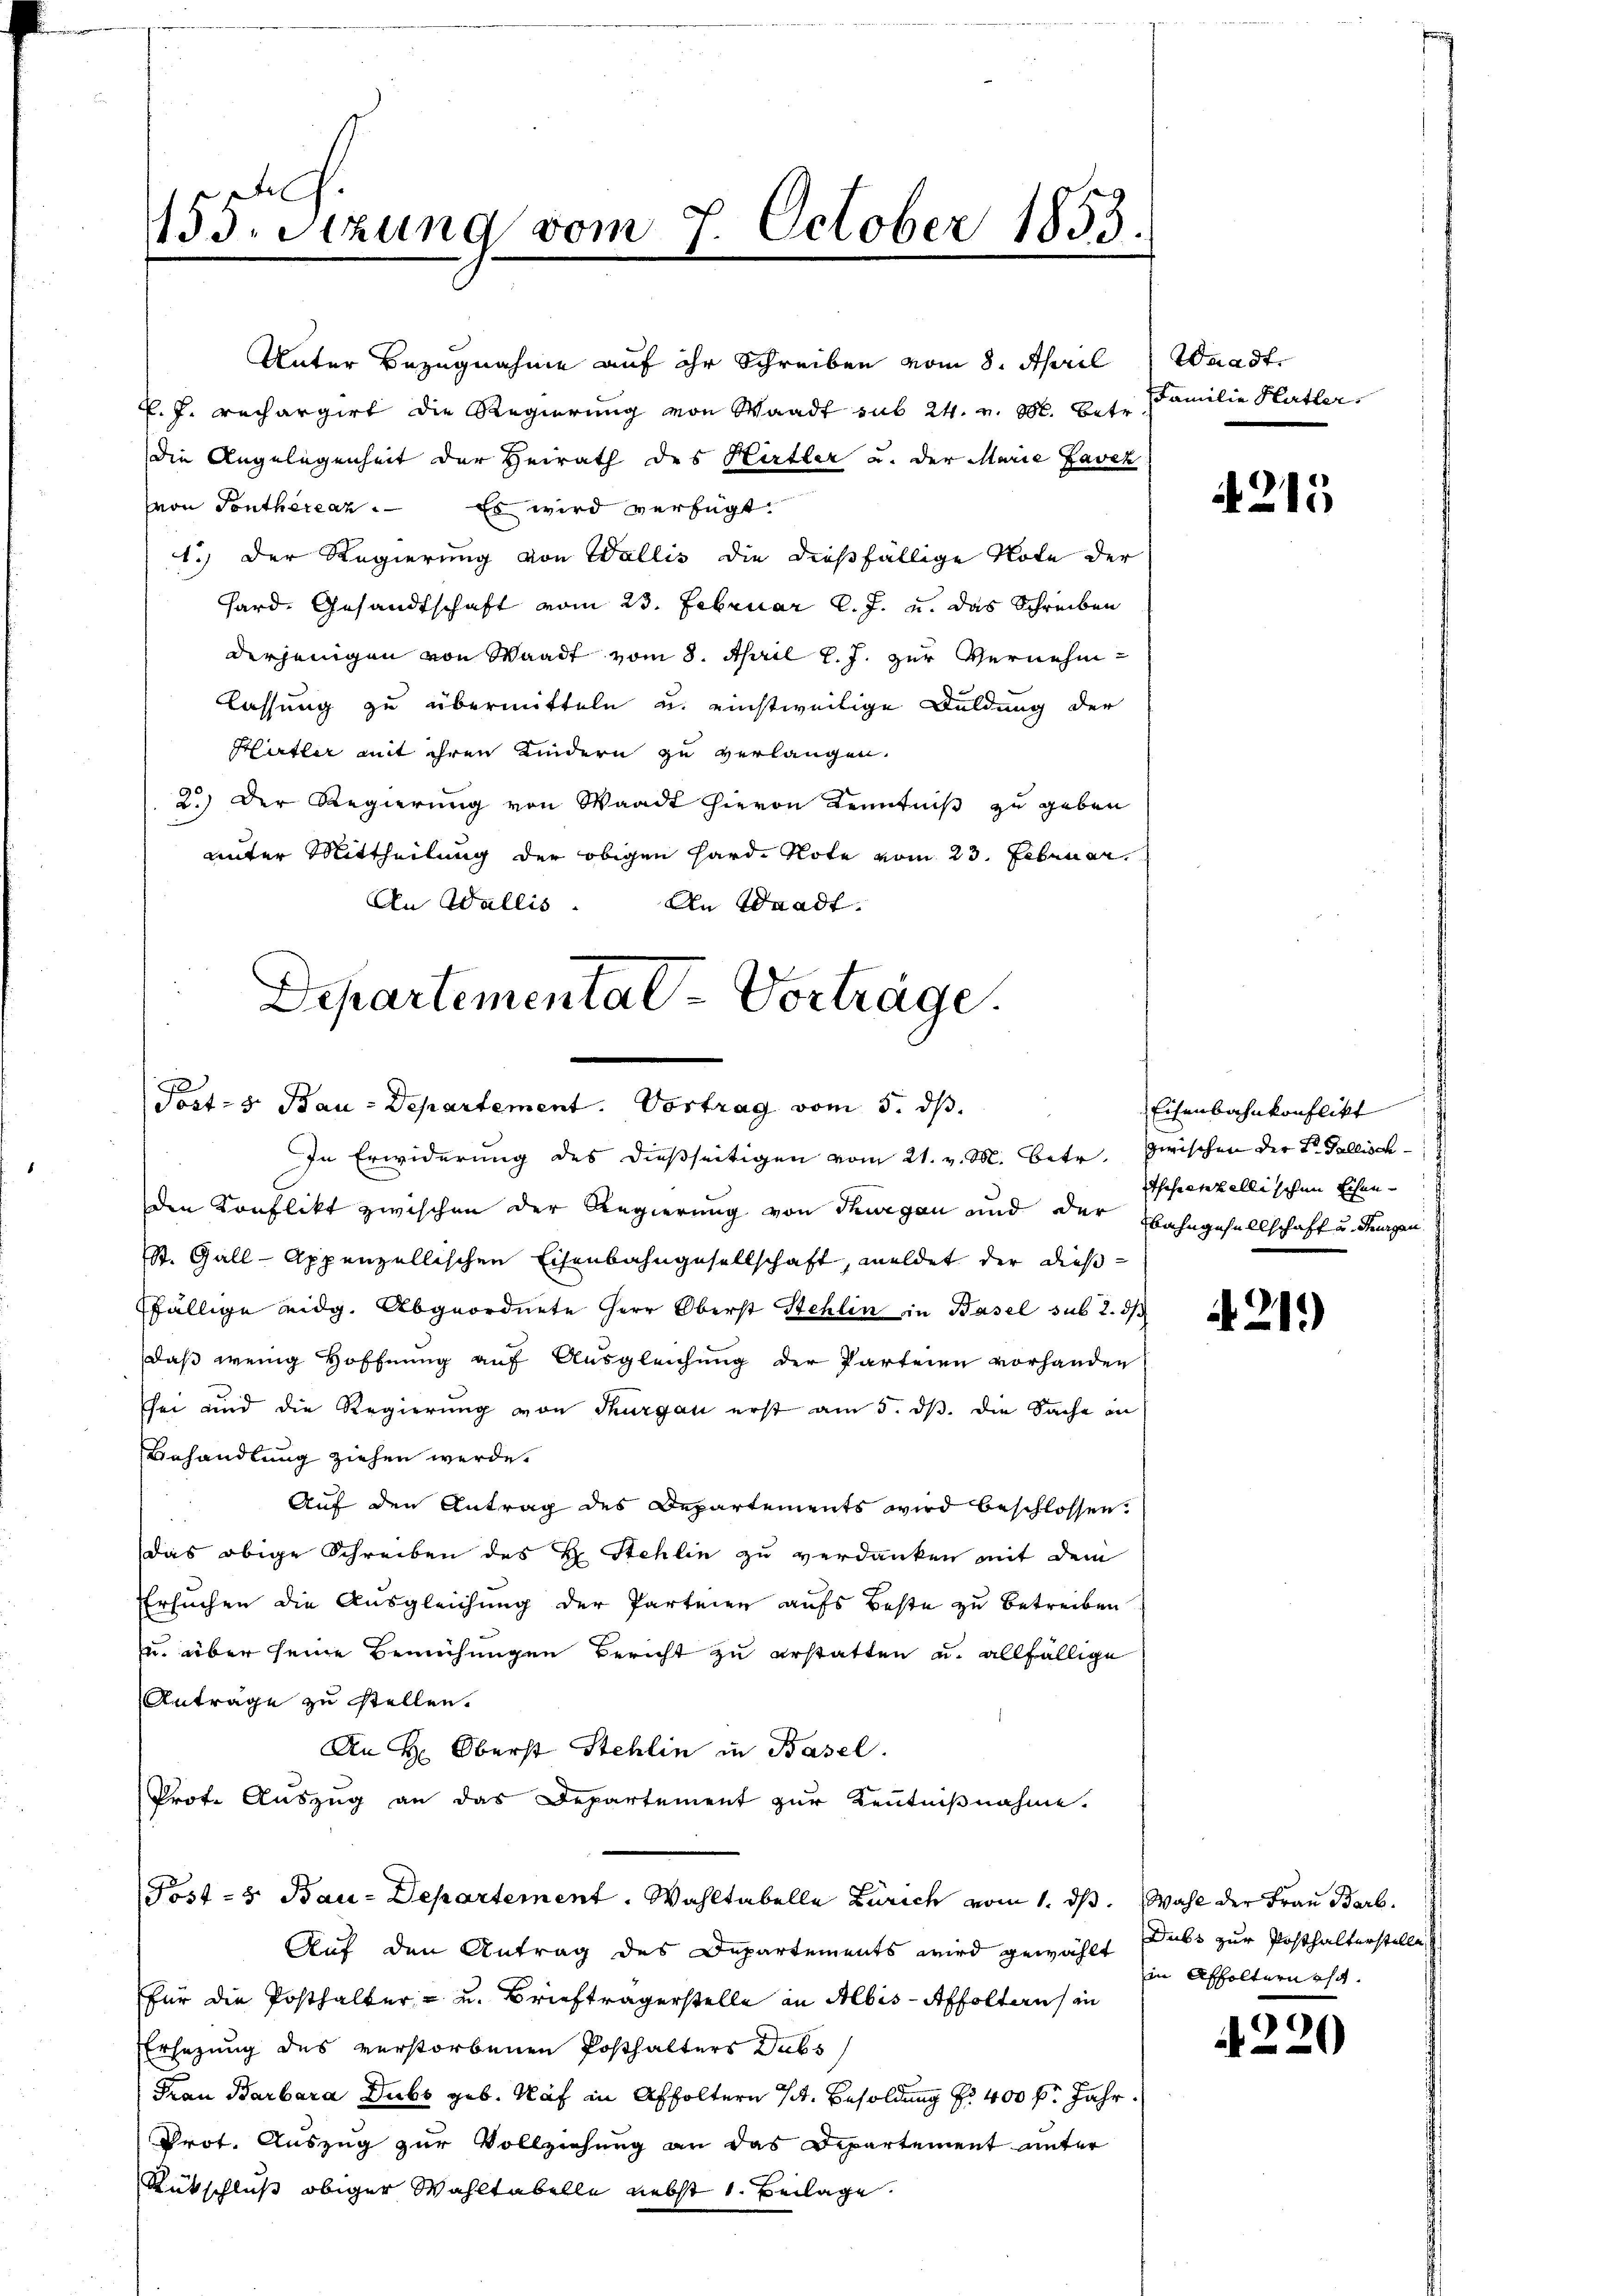
uch.
155. Sitzung vom 7. October 1835.

. J. rechargirt die Regierung von Waadt sub 24. v. M. betr.
die Angelegenheit der Heirath des Hirtler u. der Marie Lavez
von Ponthereaz. Es wird verfügt:
1.) Der Regierung von Wallis die dießfällige Note der
hard. Gesandtschaft vom 23. Februar l. J. u. das Schreiben
derjenigen von Waadt vom 8. April l. J. zur Vernehmlassung zu übermitteln u. einstweilige Duldung der
Hürtler mit ihren Kindern zu verlangen.
2.) Der Regierung von Waadt hievon Kenntniß zu geben
unter Mittheilung der obigen Hard Note vom 23. Februar.
2
den Konflikt zwischen der Regierung von Thurgau und der Bahngesellschaft u. Segen
St. Gall- Appenzellischen Eisenbahngesellschaft, meldet der dießfällige eidg. Abgeordnete Herr Oberst Stehlin in Basel sub 2. ds
daß wenig Hoffnung auf Ausgleichung der Parteien vorhanden
sei und die Regierung von Thurgau erst am 5. dβ. die Sache in
Behandlung ziehen werde.
Auf den Antrag des Departements wird beschlossen.
das obige Schreiben des H. Stehlin zu verdanken mit dem
Ersuchen die Ausgleichung der Parteien aufs Beste zu betreiben
u. über seine Bemühungen Bericht zu erstatten u. allfällige
Anträge zu stellen.
An H: Oberst Stehlin in Basel.
Prote Auszug an das Departement zur Kenntnißnahme.
Post- & Bau-Departement. Wahltabelle Zürich vom 1. ds. Wahl der Frau Barb.
Auf den Antrag des Departements wird gewählt Dubs zur Posthalterstelle
für die Posthalter = u. Briefträgerstelle an Albis-Affoltern in
Ersezung des verstorbenen Posthalters Dubs
Frau Barbara Dubs geb. Näf in Affoltern sit. Besoldung pr 400 f. Jahr
Prot. Auszug zur Vollziehung an das Departement unter
Rütschluß obiger Wahltabelle nebst 1. Beilage.

An Wallis. An Waadt,
Departemental-Vorträge.
Post- 5. Bau-Departement. Vortrag vom 5. dß.
In Erwiderung des dießseitigen vom 21. v. M. Betr. Zwischen der Dr. Fallisch-

Unter Bezugnahme auf ihr Schreiben vom 8. April

Waadt.
Familie Hertler

A 215

Eisenbahnkonflikt
Theseitszellischen Eisen¬

21.)

in Affolternth.

C
2